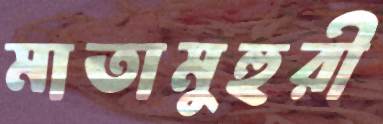
মাতামুহুরী